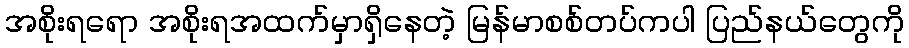
အစိုးရရော အစိုးရအထက်မှာရှိနေတဲ့ မြန်မာစစ်တပ်ကပါ ပြည်နယ်တွေကို